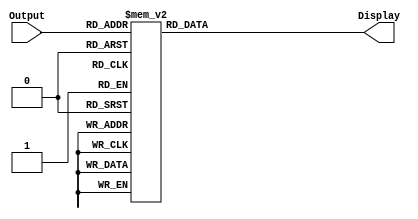
`timescale 1ns / 1ps
//////////////////////////////////////////////////////////////////////////////////
// Company: 
// Engineer: 
// 
// Design Name: 
// Module Name: SevenSeg
// Project Name: 
// Target Devices: 
// Tool Versions: 
// Description: 
// 
// Dependencies: 
// 
// Revision:
// Revision 0.01 - File Created
// Additional Comments:
// 
//////////////////////////////////////////////////////////////////////////////////


module SevenSeg(
    input [3:0] Output,
    output reg [6:0] Display
    );
    always @(*)
    begin
    case(Output)
        4'b0000: Display = 7'b0000001;//0
        4'b0001: Display = 7'b1001111;//1
        4'b0010: Display = 7'b0010010;//2
        4'b0011: Display = 7'b0000110;//3
        4'b0100: Display = 7'b1001100;//4
        4'b0101: Display = 7'b0100100;//5
        4'b0110: Display = 7'b0100000;//6
        4'b0111: Display = 7'b0001111;//7
        4'b1000: Display = 7'b0000000;//8
        4'b1001: Display = 7'b0001100;//9
        4'b1010: Display = 7'b0001000;//A
        4'b1011: Display = 7'b1100000;//B
        4'b1100: Display = 7'b0110001;//C
        4'b1101: Display = 7'b1000010;//D
        4'b1110: Display = 7'b0110000;//E
        4'b1111: Display = 7'b0111000;//F
    endcase
    end
endmodule